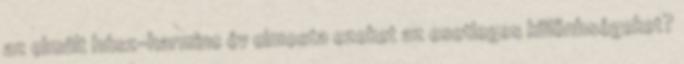
az elmúlt húsz-harminc év elmosta ezeket az esetleges különbségeket?